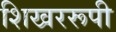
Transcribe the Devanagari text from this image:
शिखररूपी